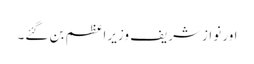
اور نوازشریف وزیراعظم بن گئے۔